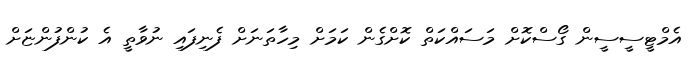
އެމްޓީސީސީން ގޯސްކޮށް މަސައްކަތް ކޮށްގެން ކަމަށް މިހާތަނަށް ފެނިފައި ނުވާތީ އެ ކުންފުންޏަށް